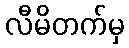
လီမိတက်မှ